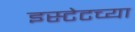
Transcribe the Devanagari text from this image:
इस्टेटच्या